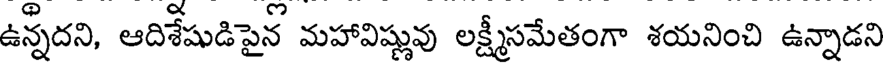
ఉన్నదని, ఆదిశేషుడిపైన్ మహావిష్ణువు లక్ష్మీసమేతంగా శయనించి ఉన్నాడని